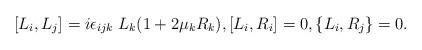
LaTeX: \begin{align*} [L_i, L_j]=i\epsilon_{ijk}\;L_k(1+2\mu_k R_k),[L_i, R_i]=0,\{L_i, R_{j}\}=0.\end{align*}